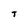
Character: T